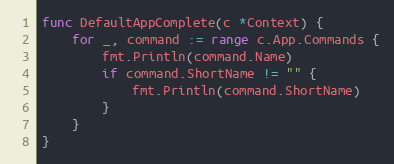
Language: Go
func DefaultAppComplete(c *Context) {
	for _, command := range c.App.Commands {
		fmt.Println(command.Name)
		if command.ShortName != "" {
			fmt.Println(command.ShortName)
		}
	}
}